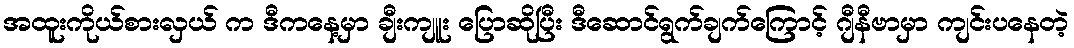
အထူးကိုယ်စားလှယ် က ဒီကနေ့မှာ ချီးကျူး ပြောဆိုပြီး ဒီဆောင်ရွက်ချက်ကြောင့် ဂျီနီဗာမှာ ကျင်းပနေတဲ့